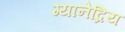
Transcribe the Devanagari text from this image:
ग्यानेद्रिय